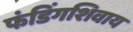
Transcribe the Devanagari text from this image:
फंडिंगशिवाय